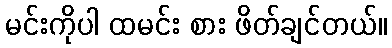
မင်းကိုပါ ထမင်း စား ဖိတ်ချင်တယ်။